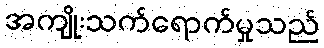
အကျိုးသက်ရောက်မှုသည်